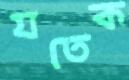
যতেক